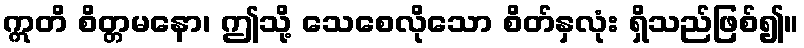
ဣတိ စိတ္တမနော၊ ဤသို့ သေစေလိုသော စိတ်နှလုံး ရှိသည်ဖြစ်၍။